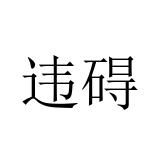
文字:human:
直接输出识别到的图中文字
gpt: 违碍